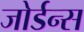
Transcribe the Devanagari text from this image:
जोर्डन्स